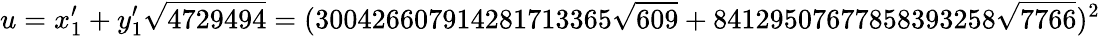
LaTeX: u=x_{1}^{\prime}+y_{1}^{\prime}{\sqrt{4729494}}=(300426607914281713365{\sqrt{609}}+84129507677858393258{\sqrt{7766}})^{2}